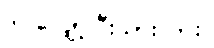
ဒါ လျှော့ပြီးသားလား။